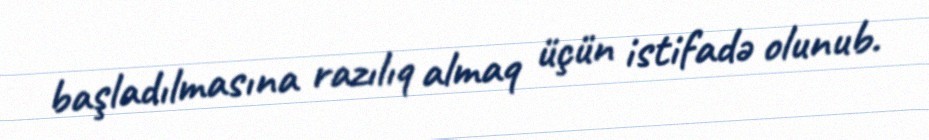
başladılmasına razılıq almaq üçün istifadə olunub.